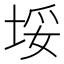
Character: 𱖰